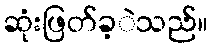
ဆုံးဖြတ်ခ့ဲသည်။